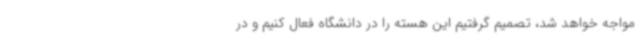
مواجه خواهد شد، تصمیم گرفتیم این هسته را در دانشگاه فعال کنیم و در